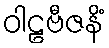
ဝါဠဗီဇနိံ